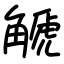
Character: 䚦